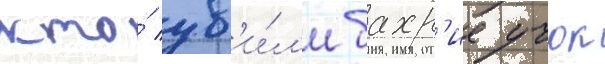
кто́ уб'и́л'и бахр'ие учок